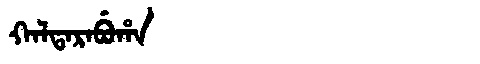
Manchu: ᡴᠠᠯᡨᠠᡵᠠᠪᡠᡥᠠ
Romanization: KALTARABUHA